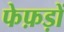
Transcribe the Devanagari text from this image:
फेफ़ड़ों